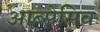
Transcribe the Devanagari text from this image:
आब्सेसिव